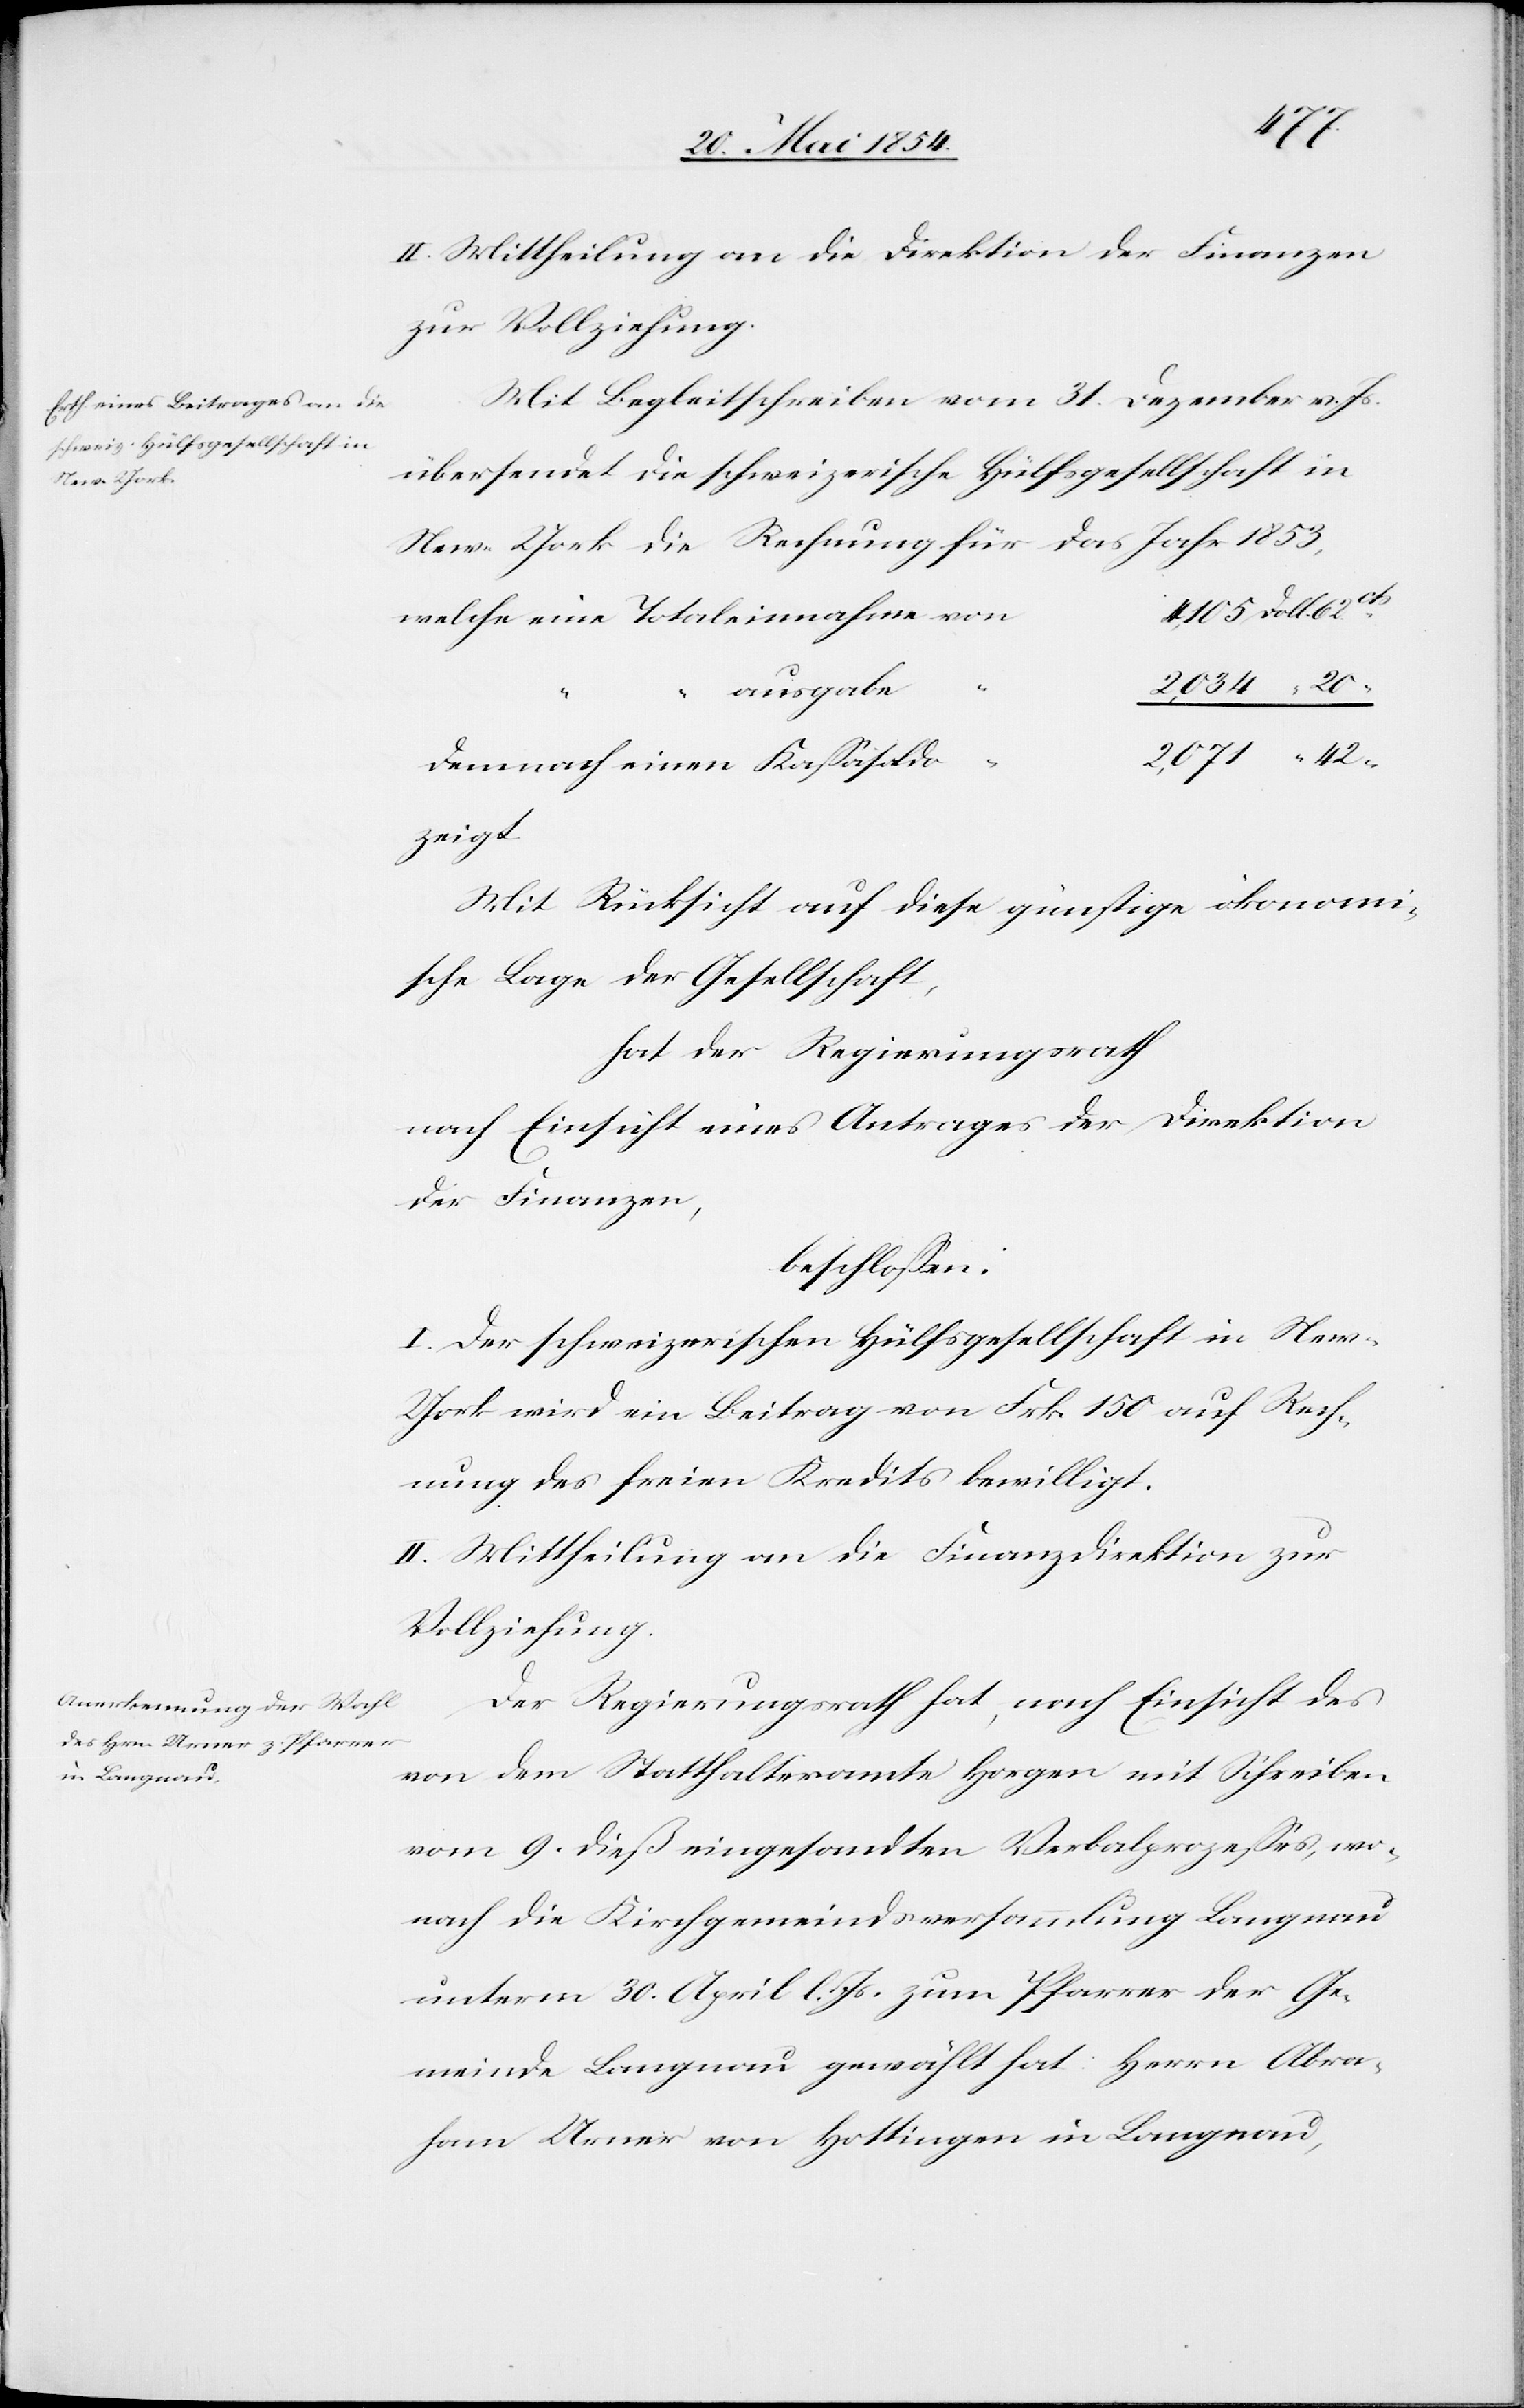
62.

4,105
II. Mittheilung an die Direktion der Finanzen
zur Vollziehung.
Mit Begleitschreiben vom 31. Dezember v. Js.
übersendet die schweizerische Hülfsgesellschaft in
New York die Rechnung für das Jahr 1853,
“ ausgabe
2,071
Mit Rücksicht auf diese günstige ökonomi¬
sche Lage der Gesellschaft,
hat der Regierungsrath
nach Einsicht eines Antrages der Direktion
der Finanzen,
beschloßen:
I. Der schweizerischen Hülfsgesellschaft in Ne¬
w-York wird ein Beitrag von Frk. 150 auf Rech¬
nung des freien Kredits bewilligt.
II. Mittheilung an die Finanzdirektion zur
Vollziehung.
Der Regierungsrath hat, nach Einsicht des
von dem Statthalteramte Horgen mit Schreiben
vom 9. dieß eingesandten Verbalprozeßes, wo¬
nach die Kirchgemeindsversammlung Langnau
unterm 30. April l. Js. zum Pfarrer der Ge¬
meinde Langnau gewählt hat: Herrn Abra¬
ham Urner von Hottingen in Langnau,